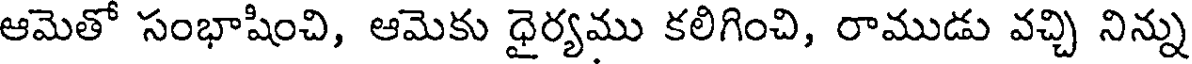
ఆమెతో సంభాషించి, ఆమెకు ధైర్యము కలిగించి, రాముడు వచ్చి నిన్ను